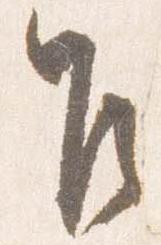
乍